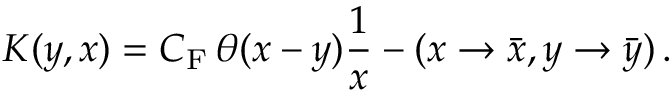
K ( y , x ) = C _ { \mathrm { F } } \, \theta ( x - y ) \frac { 1 } { x } - ( x \to \bar { x } , y \to \bar { y } ) \, .